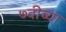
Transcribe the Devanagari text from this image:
७वीच्या